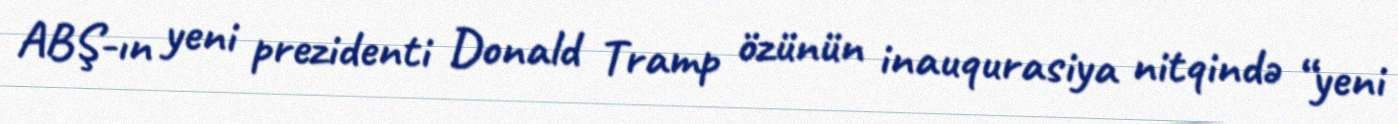
ABŞ-ın yeni prezidenti Donald Tramp özünün inauqurasiya nitqində “yeni